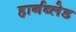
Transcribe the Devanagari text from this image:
हार्नब्लेड